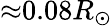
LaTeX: {\approx}0.08R_{\odot}